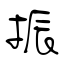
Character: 振